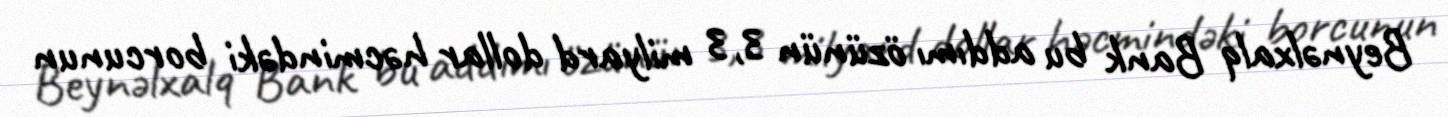
Beynəlxalq Bank bu addımı özünün 3,3 milyard dollar həcmindəki borcunun